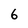
Character: 6